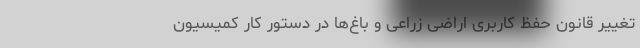
تغییر قانون حفظ کاربری اراضی زراعی و باغ‌ها در دستور کار کمیسیون